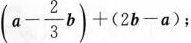
$$( a - \frac { 2 } { 3 } b ) + ( 2 b - a )$$;